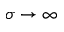
\sigma \rightarrow \infty